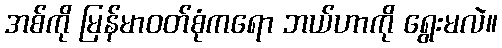
အစ်ကို မြန်မာဝတ်စုံကရော ဘယ်ဟာကို ရွေးမလဲ။